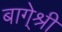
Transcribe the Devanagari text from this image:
बागे्श्री